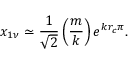
x _ { 1 \nu } \simeq \frac { 1 } { \sqrt { 2 } } \left( \frac { m } { k } \right) e ^ { k r _ { c } \pi } .